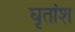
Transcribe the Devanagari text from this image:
घृतांश